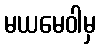
မယမေဝါမှ